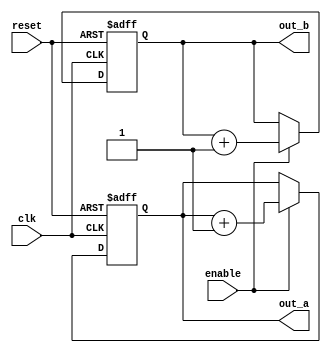
module ParameterInitModule #(
    parameter INIT_VALUE_A = 8'h00, // Default initialization value for register A
    parameter INIT_VALUE_B = 16'h0000 // Default initialization value for register B
) (
    input wire clk,        // Clock input
    input wire reset,      // Reset signal
    input wire enable,     // Enable signal
    output reg [7:0] out_a, // Output for register A
    output reg [15:0] out_b // Output for register B
);

    // Internal state variables
    reg [7:0] reg_a; // 8-bit register
    reg [15:0] reg_b; // 16-bit register

    // Initialization block
    initial begin
        reg_a = INIT_VALUE_A; // Initialize reg_a with parameter value
        reg_b = INIT_VALUE_B; // Initialize reg_b with parameter value
    end

    // Behavioral logic
    always @(posedge clk or posedge reset) begin
        if (reset) begin
            reg_a <= INIT_VALUE_A; // Reset reg_a
            reg_b <= INIT_VALUE_B; // Reset reg_b
        end else if (enable) begin
            // Example behavior: Increment the registers
            reg_a <= reg_a + 1;
            reg_b <= reg_b + 1;
        end
    end

    // Assign outputs
    always @(*) begin
        out_a = reg_a; // Output current value of reg_a
        out_b = reg_b; // Output current value of reg_b
    end

endmodule